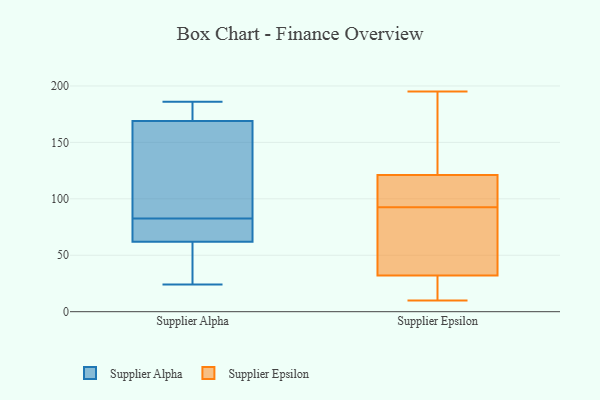
{"axis": {"x": "Humidity (%)", "y": "Value"}, "legend": ["Supplier Alpha", "Supplier Epsilon"], "data": [{"x": "", "y": 71, "type": "Supplier Alpha"}, {"x": "", "y": 173, "type": "Supplier Alpha"}, {"x": "", "y": 35, "type": "Supplier Alpha"}, {"x": "", "y": 165, "type": "Supplier Alpha"}, {"x": "", "y": 86, "type": "Supplier Alpha"}, {"x": "", "y": 66, "type": "Supplier Alpha"}, {"x": "", "y": 186, "type": "Supplier Alpha"}, {"x": "", "y": 173, "type": "Supplier Alpha"}, {"x": "", "y": 24, "type": "Supplier Alpha"}, {"x": "", "y": 58, "type": "Supplier Alpha"}, {"x": "", "y": 79, "type": "Supplier Alpha"}, {"x": "", "y": 165, "type": "Supplier Alpha"}, {"x": "", "y": 151, "type": "Supplier Epsilon"}, {"x": "", "y": 195, "type": "Supplier Epsilon"}, {"x": "", "y": 10, "type": "Supplier Epsilon"}, {"x": "", "y": 40, "type": "Supplier Epsilon"}, {"x": "", "y": 32, "type": "Supplier Epsilon"}, {"x": "", "y": 121, "type": "Supplier Epsilon"}, {"x": "", "y": 27, "type": "Supplier Epsilon"}, {"x": "", "y": 103, "type": "Supplier Epsilon"}, {"x": "", "y": 117, "type": "Supplier Epsilon"}, {"x": "", "y": 82, "type": "Supplier Epsilon"}]}